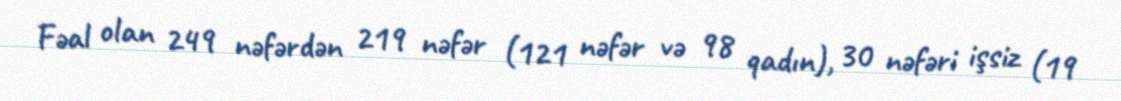
Fəal olan 249 nəfərdən 219 nəfər (121 nəfər və 98 qadın), 30 nəfəri işsiz (19